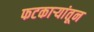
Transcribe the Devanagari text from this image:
फटकाऱ्यांतून